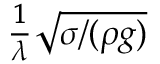
\scriptstyle { \frac { 1 } { \lambda } } { \sqrt { \sigma / ( \rho g ) } }